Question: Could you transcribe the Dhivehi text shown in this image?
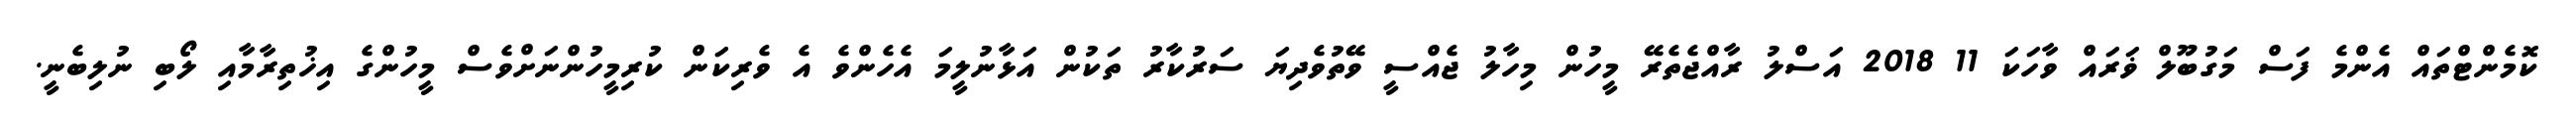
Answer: ކޮމެންޓްތައް އެންމެ ފަސް މަގުބޫލް ޥަރައް ވާހަކަ 11 2018 އަސްލު ރާއްޖެތެރޭ މީހުން މިހާލު ޖެއްސީ ވޭތުވެދިޔަ ސަރުކާރު ތަކުން އަޅާނުލީމަ އެހެންވެ އެ ވެރިކަން ކުރިމީހުންނަށްވެސް މީހުންގެ އިޚުތިރާމާއި ލޯބި ނުލިބެނީ.